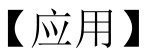
【应用】